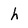
Character: h